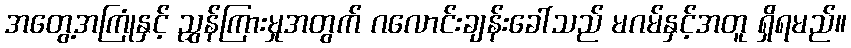
အတွေ့အကြုံနှင့် ညွှန်ကြားမှုအတွက် ဂလောင်းချန်းခေါ်သည် မဂမ်နှင့်အတူ ရှိရမည်။